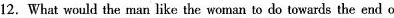
12.What would the man like the woman to do towards the end of